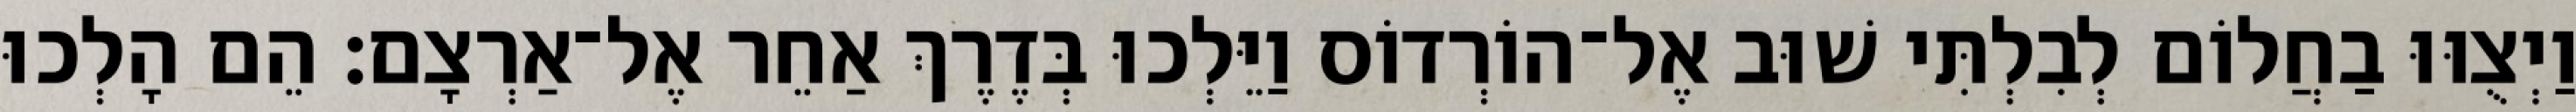
וַיְצֻוּוּ בַחֲלוֹם לְבִלְתִּי שׁוּב אֶל־הוֹרְדוֹס וַיֵּלְכוּ בְּדֶרֶךְ אַחֵר אֶל־אַרְצָם׃ הֵם הָלְכוּ